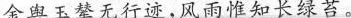
金舆玉辇无行迹，风雨惟知长绿苔。